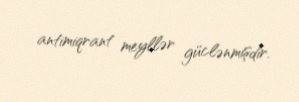
antimiqrant meyllər güclənmişdir.